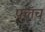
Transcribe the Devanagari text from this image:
फ़्लॅच